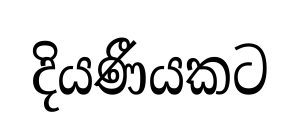
දියණීයකට